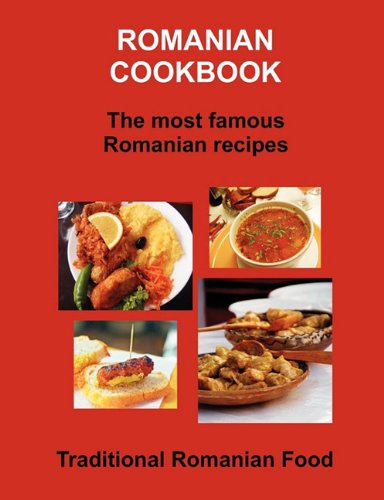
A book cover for Romanian Cookbook; Cookbooks, Food & Wine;